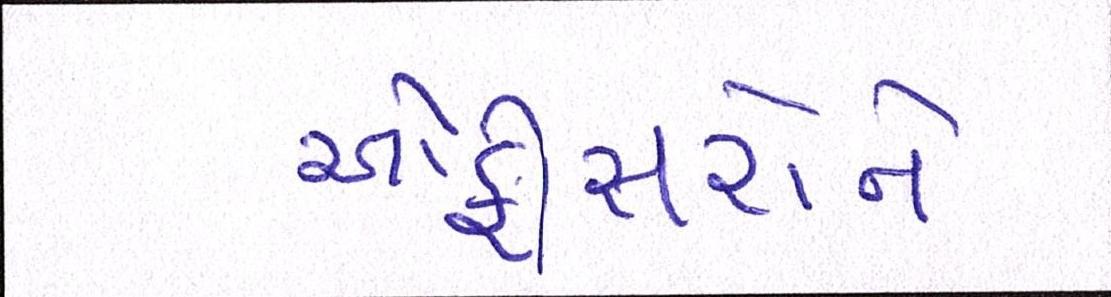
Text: ઓફિસરોને